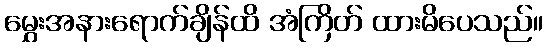
မွှေးအနားရောက်ချိန်ထိ အံကြိတ် ထားမိပေသည်။